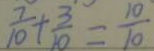
\frac { 7 } { 1 0 } + \frac { 3 } { 1 0 } = \frac { 1 0 } { 1 0 }